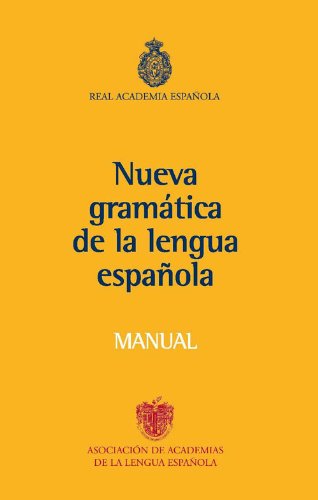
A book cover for Nueva Gramatica Lengua EspaÃ±ola MANUAL (Spanish Edition); Real Academia de la Lengua EspaÃ±ola; Reference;